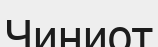
Чиниот